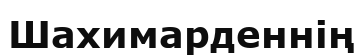
Шахимарденнің